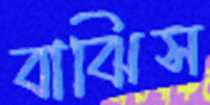
বাঝিস